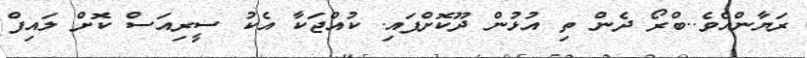
ރަޔާންއެވެ..ބްރޯ ދެން ތި އުޅުން ދޫކޮށްފައި. ކުއްޖަކާ އެކު ސީރިއަސް ކޮށް ލައިފް